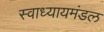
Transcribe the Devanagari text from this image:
स्वाध्यायमंडल